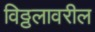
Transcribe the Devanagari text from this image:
विठ्ठलावरील